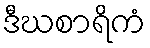
ဒီဃစာရိကံ